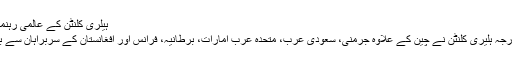
ہیلری کلنٹن کے عالمی رہنماؤں سے رابطے
امریکی وزیرِ خارجہ ہلیری کلنٹن نے چین کے علاوہ جرمنی، سعودی عرب، متحدہ عرب امارات، برطانیہ، فرانس اور افغانستان کے سربراہان سے بھی بات کی ہے۔